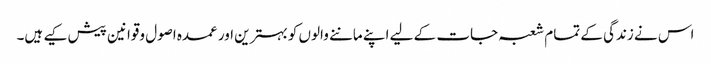
اس نے زندگی کے تمام شعبہ جات کے لیے اپنے ماننے والوں کو بہترین اور عمدہ اصول وقوانین پیش کیے ہیں۔